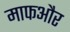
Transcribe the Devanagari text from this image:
माफऔर